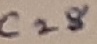
Text: C28